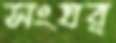
সংঘর্